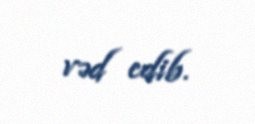
vəd edib.